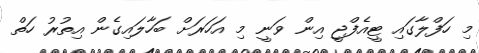
މި ހަފްލާގައި ޓީއެފްޖީ އިން ވަނީ މި އަހަރަށް ބަހާލައިގެން އިތުރު ހަތް